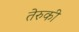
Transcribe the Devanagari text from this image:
तेरुकी